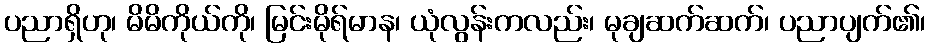
ပညာရှိဟု၊ မိမိကိုယ်ကို၊ မြင်းမိုရ်မာန၊ ယုံလွန်းကလည်း၊ မုချဆက်ဆက်၊ ပညာပျက်၏၊